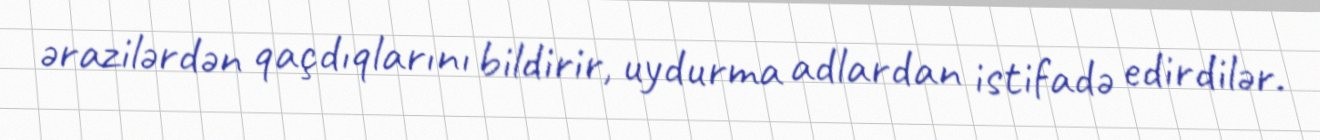
ərazilərdən qaçdıqlarını bildirir, uydurma adlardan istifadə edirdilər.